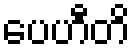
ပေဟီတိ